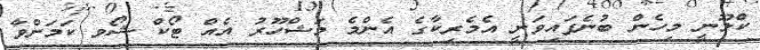
ކްލޫނީ މިހެން ބުނެފައިވަނީ އެމެރިކާގެ އެންމެ މަޝްހޫރު އެއް ޓޯކް ޝޯވ ކަމަށްވާ